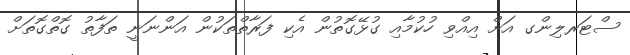
ސްޓަރލިންގ އަށް އިއްވި ހުކުމާއި ގުޅޭގޮތުން އެކި ފަރާތްތަކުން އަންނަނީ ތަފާތު ގޮތްގޮތަށް